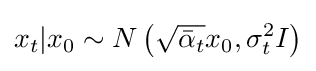
x_{t}|x_{0}\sim N\left({\sqrt {{\bar {\alpha }}_{t}}}x_{0},\sigma _{t}^{2}I\right)